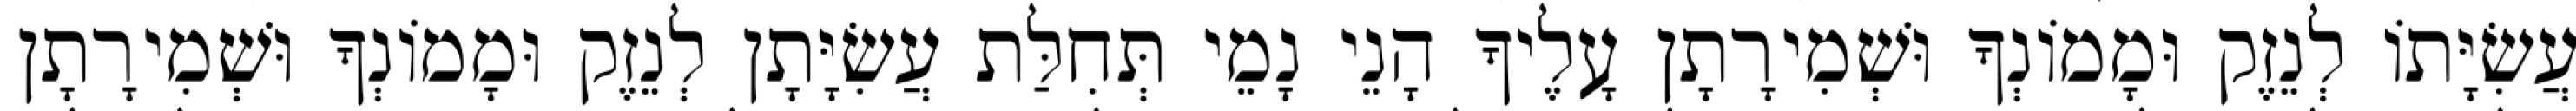
עֲשִׂיָּתוֹ לְנֵזֶק וּמָמוֹנְךָ וּשְׁמִירָתָן עָלֶיךָ הָנֵי נָמֵי תְּחִלַּת עֲשִׂיָּתָן לְנֵזֶק וּמָמוֹנְךָ וּשְׁמִירָתָן